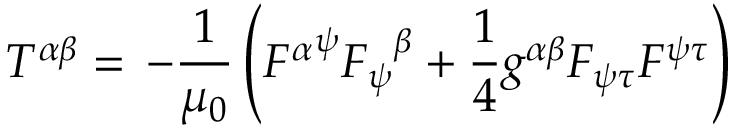
T ^ { \alpha \beta } = \, - { \frac { 1 } { \mu _ { 0 } } } \left( { F ^ { \alpha } } ^ { \psi } { F _ { \psi } } ^ { \beta } + { \frac { 1 } { 4 } } g ^ { \alpha \beta } F _ { \psi \tau } F ^ { \psi \tau } \right)